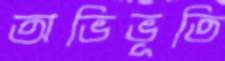
অভিভূতি